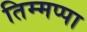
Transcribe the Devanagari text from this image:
तिम्मप्पा